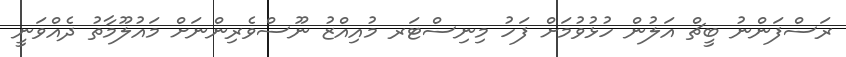
ރަސްފަންނު ބީޗް އަލުން ހުޅުވުމަށް ފަހު މިނިސްޓަރ މުއިއްޒު ނޫސްވެރިންނަށް މައުލޫމާތު ދެއްވަނީ